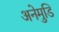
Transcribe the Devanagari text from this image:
अनेमुडि